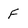
Character: F